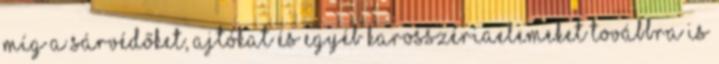
míg a sárvédőket, ajtókat és egyéb karosszériaelemeket továbbra is